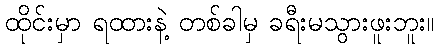
ထိုင်းမှာ ရထားနဲ့ တစ်ခါမှ ခရီးမသွားဖူးဘူး။